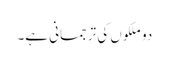
دو ملکوں کی ترجمانی ہے۔